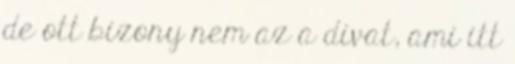
de ott bizony nem az a divat, ami itt